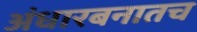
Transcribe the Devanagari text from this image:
अंधारबनातच